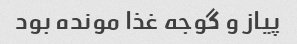
پیاز و گوجه غذا مونده بود